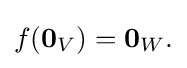
{\textstyle f(\mathbf {0} _{V})=\mathbf {0} _{W}.}